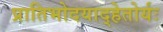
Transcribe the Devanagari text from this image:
प्रातिभोदयाद्हेतोर्यः